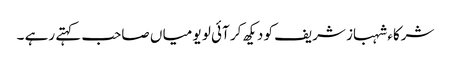
شرکاء شہباز شریف کو دیکھ کر آئی لو یو میا ں صاحب کہتے رہے ۔